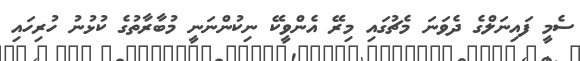
ސެމީ ފައިނަލްގެ ދެވަނަ މެޗުގައި މިރޭ އެންވީކޭ ނިކުންނަނީ މުބާރާތުގެ ކުޅުނު ހުރިހައި